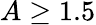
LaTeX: A\geq 1.5